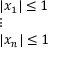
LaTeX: \displaystyle { \begin{array} { l } { | x _ { 1 } | \leq 1 } \\ { \vdots } \\ { | x _ { n } | \leq 1 } \end{array} }